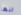
انها